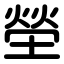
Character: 塋